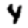
Digit: 4